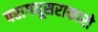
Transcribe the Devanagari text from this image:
परागधूसराकारो